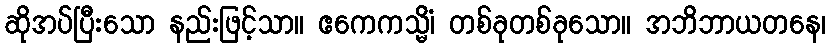
ဆိုအပ်ပြီးသော နည်းဖြင့်သာ။ ဧကေကသ္မိံ၊ တစ်ခုတစ်ခုသော။ အဘိဘာယတနေ၊